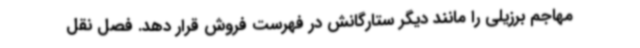
مهاجم برزیلی را مانند دیگر ستارگانش در فهرست فروش قرار دهد. فصل نقل